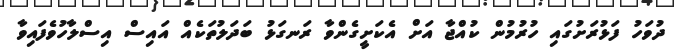
ދުވަހު ފަޅުރަށުގައި ހުރުމުން ކުއްޖާ އަށް އެކަށީގެންވާ ރަނގަޅު ބަދަލުތަކެއް އައިސް އިސްލާހުވެފައިވާ